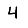
Digit: 4